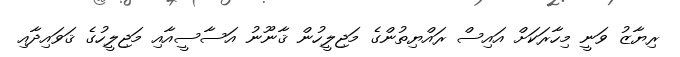
ރިޔާޒު ވަނީ މިހާރަކަށް އައިސް ރައްޔިތުންގެ މަޖިލީހުން ޤާނޫނު އަސާސީއާއި މަޖިލީހުގެ ޤަވައިދާއި